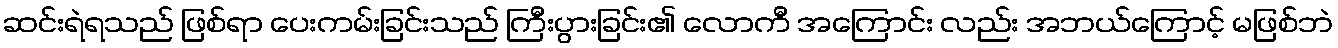
ဆင်းရဲရသည် ဖြစ်ရာ ပေးကမ်းခြင်းသည် ကြီးပွားခြင်း၏ လောကီ အကြောင်း လည်း အဘယ်ကြောင့် မဖြစ်ဘဲ